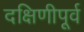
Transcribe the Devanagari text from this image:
दक्षिणीपूर्व